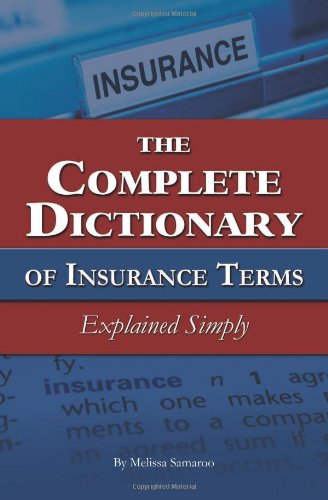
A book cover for The Complete Dictionary of Insurance Terms Explained Simply; Melissa Samaroo; Business & Money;